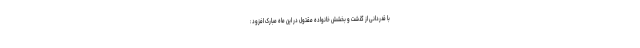
با قدردانی از گذشت و بخشش خانواده مقتول در این ماه مبارک افزود :